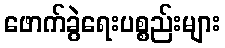
ဖောက်ခွဲရေးပစ္စည်းများ